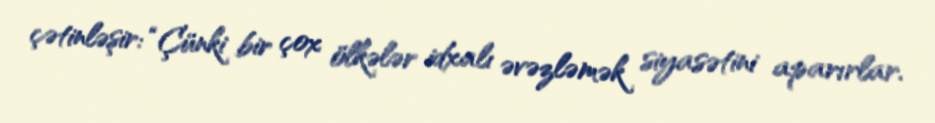
çətinləşir: “Çünki bir çox ölkələr idxalı əvəzləmək siyasətini aparırlar.